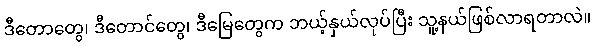
ဒီတောတွေ၊ ဒီတောင်တွေ၊ ဒီမြေတွေက ဘယ့်နှယ်လုပ်ပြီး သူ့နယ်ဖြစ်လာရတာလဲ။